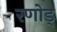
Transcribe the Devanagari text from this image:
रणोड्